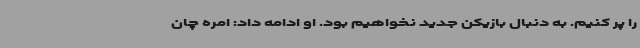
را پر کنیم. به دنبال بازیکن جدید نخواهیم بود. او ادامه داد: امره چان